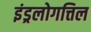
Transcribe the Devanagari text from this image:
इंड्रलोगत्तिल